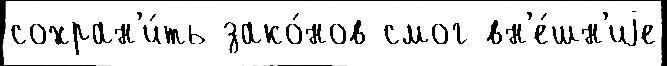
сохран'и́ть зако́нов смог вн'е́шн'иjе